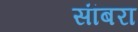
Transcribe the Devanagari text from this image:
सांंबरा